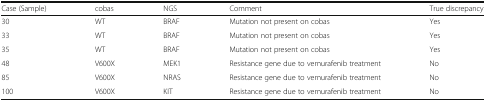
<table><thead><tr><td><b>Case (Sample)</b></td><td><b>cobas</b></td><td><b>NGS</b></td><td><b>Comment</b></td><td><b>True discrepancy</b></td></tr></thead><tbody><tr><td>30</td><td>WT</td><td>BRAF</td><td>Mutation not present on cobas</td><td>Yes</td></tr><tr><td>33</td><td>WT</td><td>BRAF</td><td>Mutation not present on cobas</td><td>Yes</td></tr><tr><td>35</td><td>WT</td><td>BRAF</td><td>Mutation not present on cobas</td><td>Yes</td></tr><tr><td>48</td><td>V600X</td><td>MEK1</td><td>Resistance gene due to vemurafenib treatment</td><td>No</td></tr><tr><td>85</td><td>V600X</td><td>NRAS</td><td>Resistance gene due to vemurafenib treatment</td><td>No</td></tr><tr><td>100</td><td>V600X</td><td>KIT</td><td>Resistance gene due to vemurafenib treatment</td><td>No</td></tr></tbody></table>